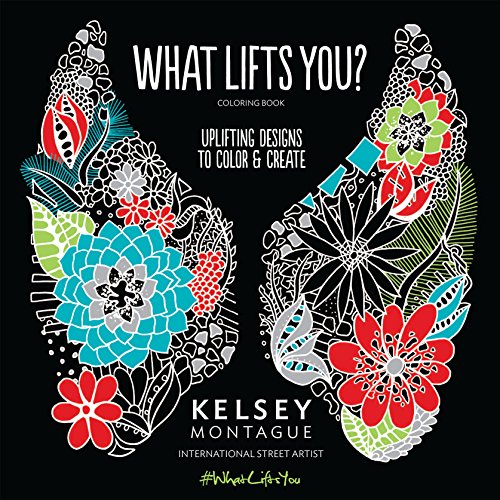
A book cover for What Lifts You: Uplifting Designs to Color & Create; Kelsey Montague; Humor & Entertainment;